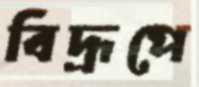
বিদ্রূপে